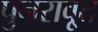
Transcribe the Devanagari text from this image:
पुनरावृ्त